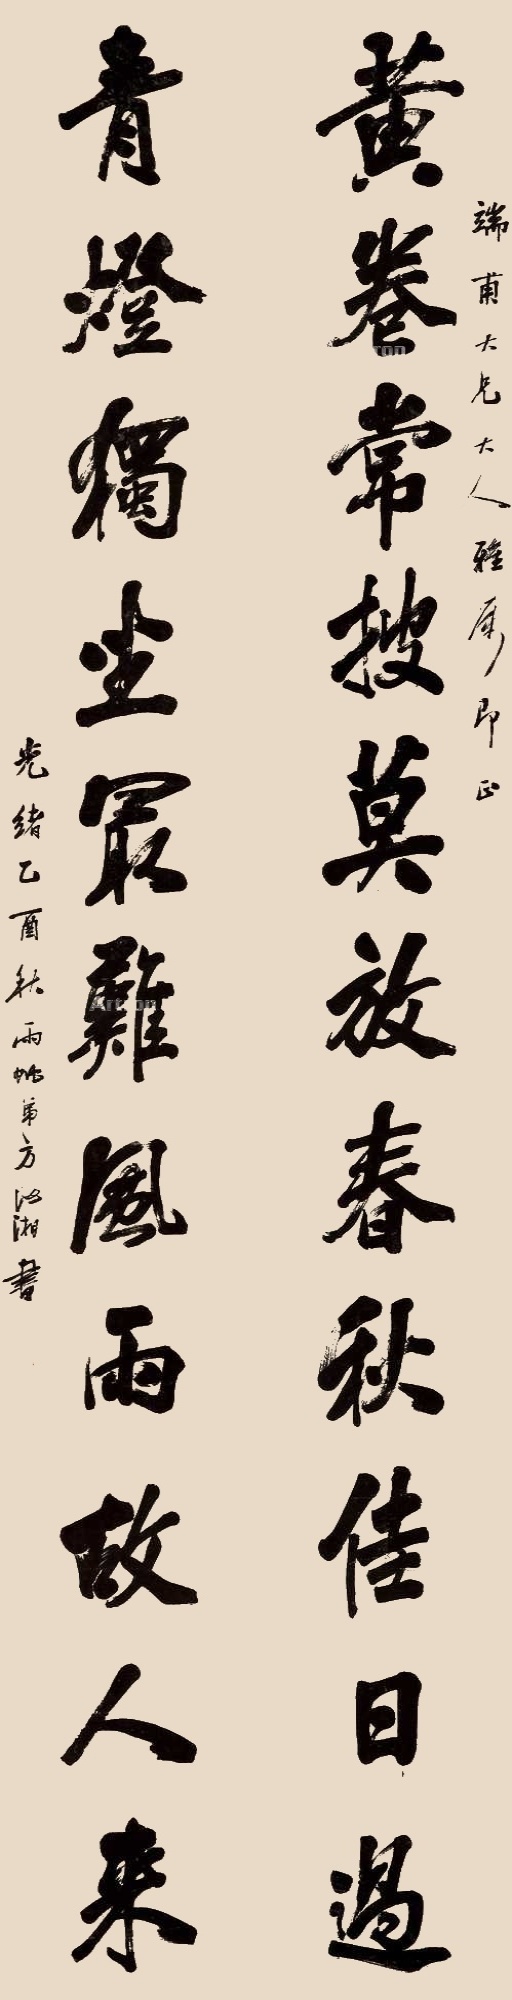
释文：黄卷常披莫放春秋佳日过，青灯独坐最难风雨故人来。端甫大兄大人雅属即正。光绪乙酉秋，雨帆弟方汝湘书。